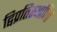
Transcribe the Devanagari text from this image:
द्विप्रतिस्थापित